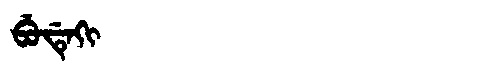
Manchu: ᠪᡠᡩᡝᡴᡳ
Romanization: BUDEKI